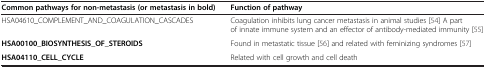
| Common pathways for non-metastasis (or metastasis in bold) | Function of pathway |
 | --- | --- |
 | HSA04610_COMPLEMENT_AND_COAGULATION_CASCADES | Coagulation inhibits lung cancer metastasis in animal studies [54] A part of innate immune system and an effector of antibody-mediated immunity [55] |
 | HSA00100_BIOSYNTHESIS_OF_STEROIDS | Found in metastatic tissue [56] and related with feminizing syndromes [57] |
 | HSA04110_CELL_CYCLE | Related with cell growth and cell death |